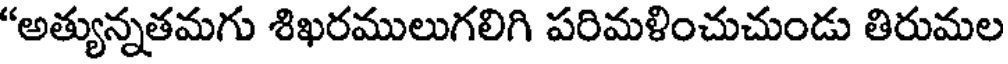
"అత్యున్నతమగు శిఖరములుగలిగి పరిమళించుచుండు తిరుమల